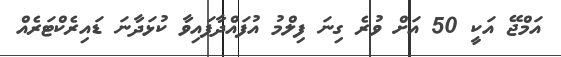
އަމްޖޭ އަކީ 50 އަށް ވުރެ ގިނަ ފިލްމު އުފައްދާފައިވާ ކުޅަދާނަ ޑައިރެކްޓަރެއް